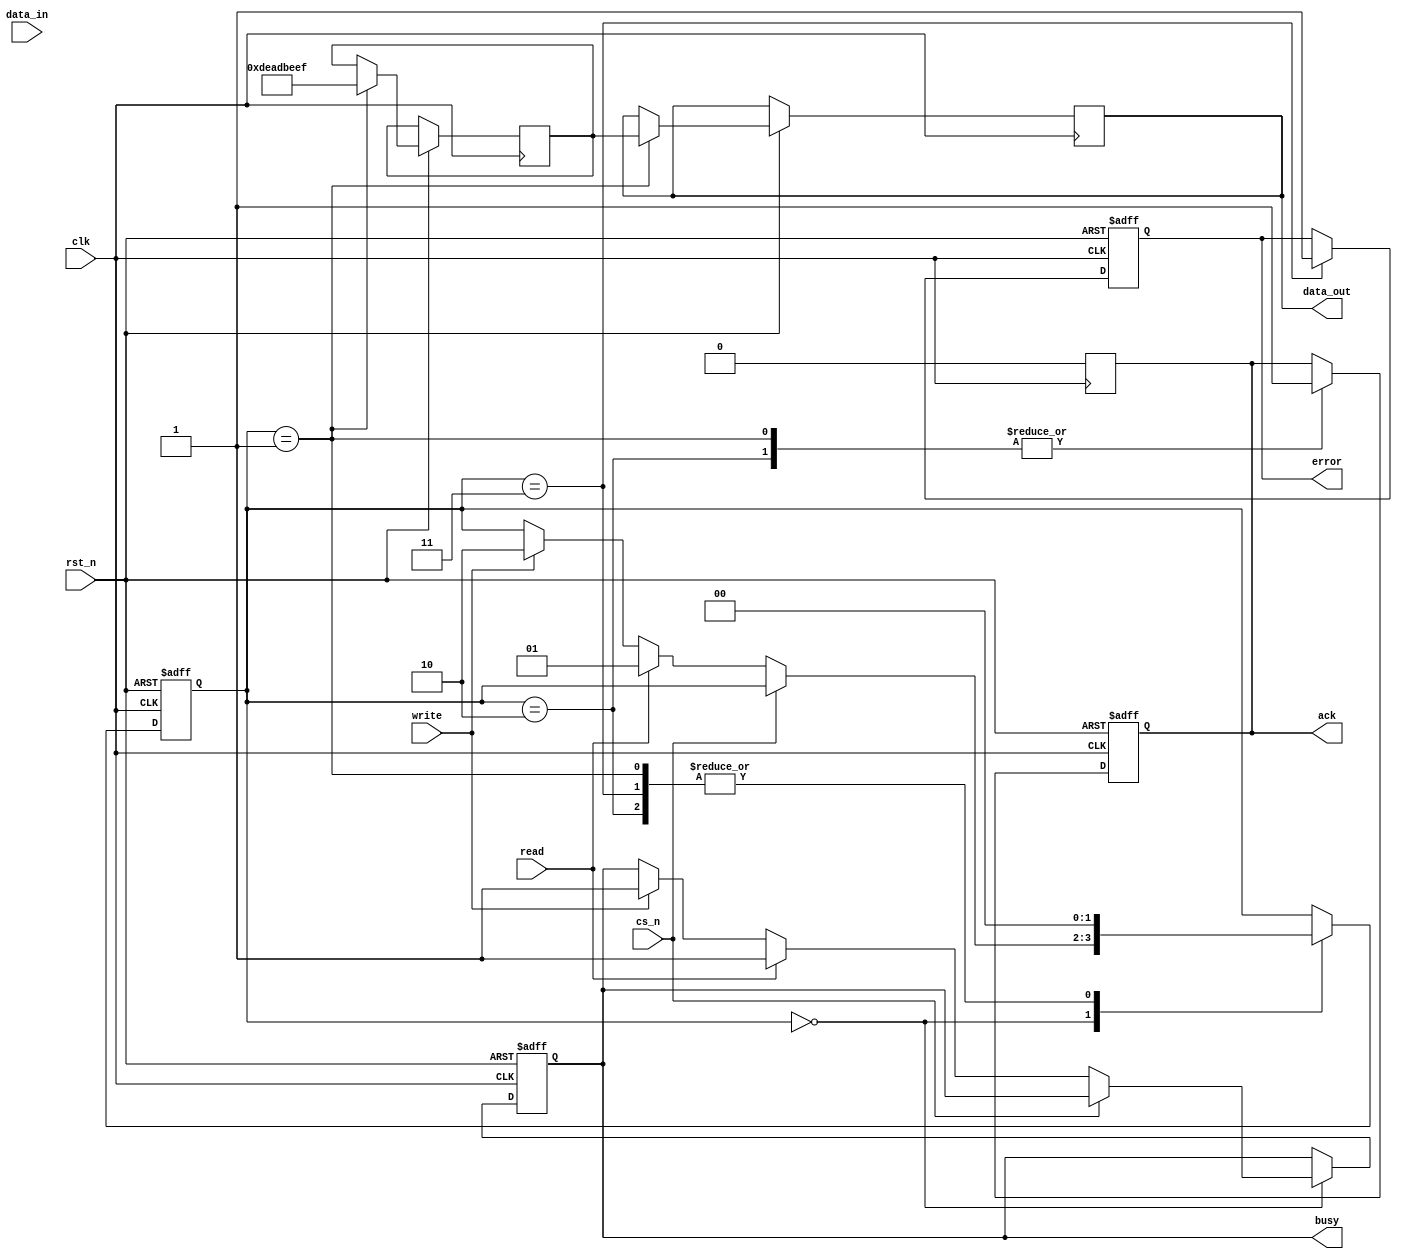
module SSD_IO_Block (
    input wire clk,           // System clock
    input wire rst_n,         // Active low reset
    input wire cs_n,          // Chip select (active low)
    input wire read,          // Read command
    input wire write,         // Write command
    input wire [31:0] data_in, // Data input from host
    output reg [31:0] data_out, // Data output to host
    output reg ack,           // Acknowledge signal
    output reg busy,          // Busy signal
    output reg error          // Error signal
);

    // Internal signals
    reg [31:0] input_buffer;  // Input buffer for incoming data
    reg [31:0] output_buffer; // Output buffer for outgoing data
    reg [1:0] state;          // State machine for control logic

    // State encoding
    localparam IDLE = 2'b00,
               READ_CMD = 2'b01,
               WRITE_CMD = 2'b10,
               ERROR_STATE = 2'b11;

    // Command decoder and control logic
    always @(posedge clk or negedge rst_n) begin
        if (!rst_n) begin
            state <= IDLE;
            ack <= 0;
            busy <= 0;
            error <= 0;
        end else begin
            case (state)
                IDLE: begin
                    if (!cs_n) begin // Chip select active
                        if (read) begin
                            state <= READ_CMD;
                            busy <= 1;
                        end else if (write) begin
                            state <= WRITE_CMD;
                            busy <= 1;
                        end
                    end
                end

                READ_CMD: begin
                    // Simulate data read operation
                    // Here you would typically read from NAND flash
                    output_buffer <= 32'hDEADBEEF; // Dummy data for example
                    data_out <= output_buffer;
                    ack <= 1; // Acknowledge read
                    state <= IDLE; // Go back to idle
                end

                WRITE_CMD: begin
                    // Simulate data write operation
                    // Here you would typically write to NAND flash
                    input_buffer <= data_in; // Store incoming data
                    ack <= 1; // Acknowledge write
                    state <= IDLE; // Go back to idle
                end

                ERROR_STATE: begin
                    error <= 1; // Set error flag
                    state <= IDLE; // Go back to idle
                end

                default: state <= IDLE; // Default case
            endcase
        end
    end

    // Output logic for busy and ack signals
    always @(posedge clk) begin
        if (ack) begin
            ack <= 0; // Clear acknowledge after one clock cycle
        end
    end

endmodule